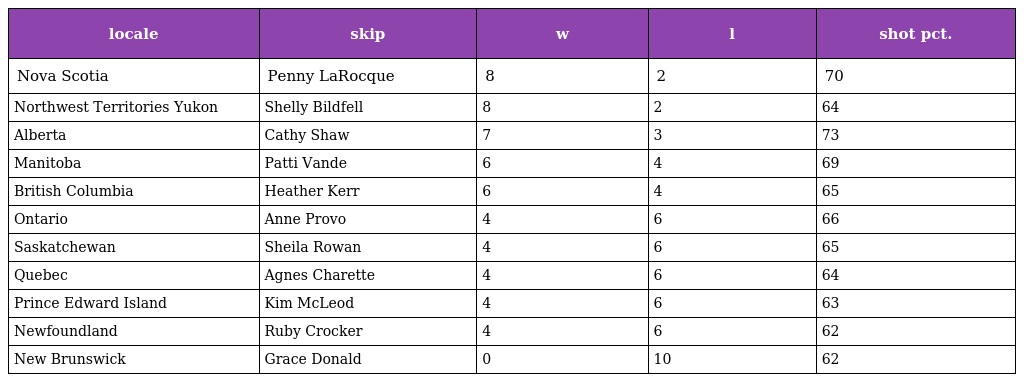
| locale | skip | w | l | shot pct. |
 | --- | --- | --- | --- | --- |
 | Nova Scotia | Penny LaRocque | 8 | 2 | 70 |
 | Northwest Territories Yukon | Shelly Bildfell | 8 | 2 | 64 |
 | Alberta | Cathy Shaw | 7 | 3 | 73 |
 | Manitoba | Patti Vande | 6 | 4 | 69 |
 | British Columbia | Heather Kerr | 6 | 4 | 65 |
 | Ontario | Anne Provo | 4 | 6 | 66 |
 | Saskatchewan | Sheila Rowan | 4 | 6 | 65 |
 | Quebec | Agnes Charette | 4 | 6 | 64 |
 | Prince Edward Island | Kim McLeod | 4 | 6 | 63 |
 | Newfoundland | Ruby Crocker | 4 | 6 | 62 |
 | New Brunswick | Grace Donald | 0 | 10 | 62 |